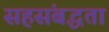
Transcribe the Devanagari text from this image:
सहसंबद्धता